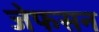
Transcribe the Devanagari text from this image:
जेफसन